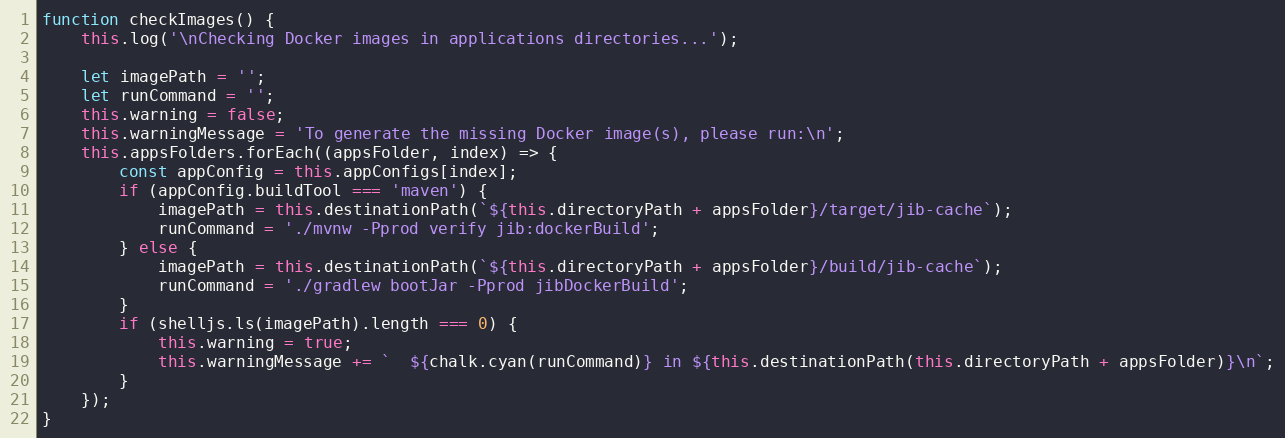
Language: JavaScript
function checkImages() {
    this.log('\nChecking Docker images in applications directories...');

    let imagePath = '';
    let runCommand = '';
    this.warning = false;
    this.warningMessage = 'To generate the missing Docker image(s), please run:\n';
    this.appsFolders.forEach((appsFolder, index) => {
        const appConfig = this.appConfigs[index];
        if (appConfig.buildTool === 'maven') {
            imagePath = this.destinationPath(`${this.directoryPath + appsFolder}/target/jib-cache`);
            runCommand = './mvnw -Pprod verify jib:dockerBuild';
        } else {
            imagePath = this.destinationPath(`${this.directoryPath + appsFolder}/build/jib-cache`);
            runCommand = './gradlew bootJar -Pprod jibDockerBuild';
        }
        if (shelljs.ls(imagePath).length === 0) {
            this.warning = true;
            this.warningMessage += `  ${chalk.cyan(runCommand)} in ${this.destinationPath(this.directoryPath + appsFolder)}\n`;
        }
    });
}